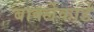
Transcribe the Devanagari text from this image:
बार्क्लेकार्ड